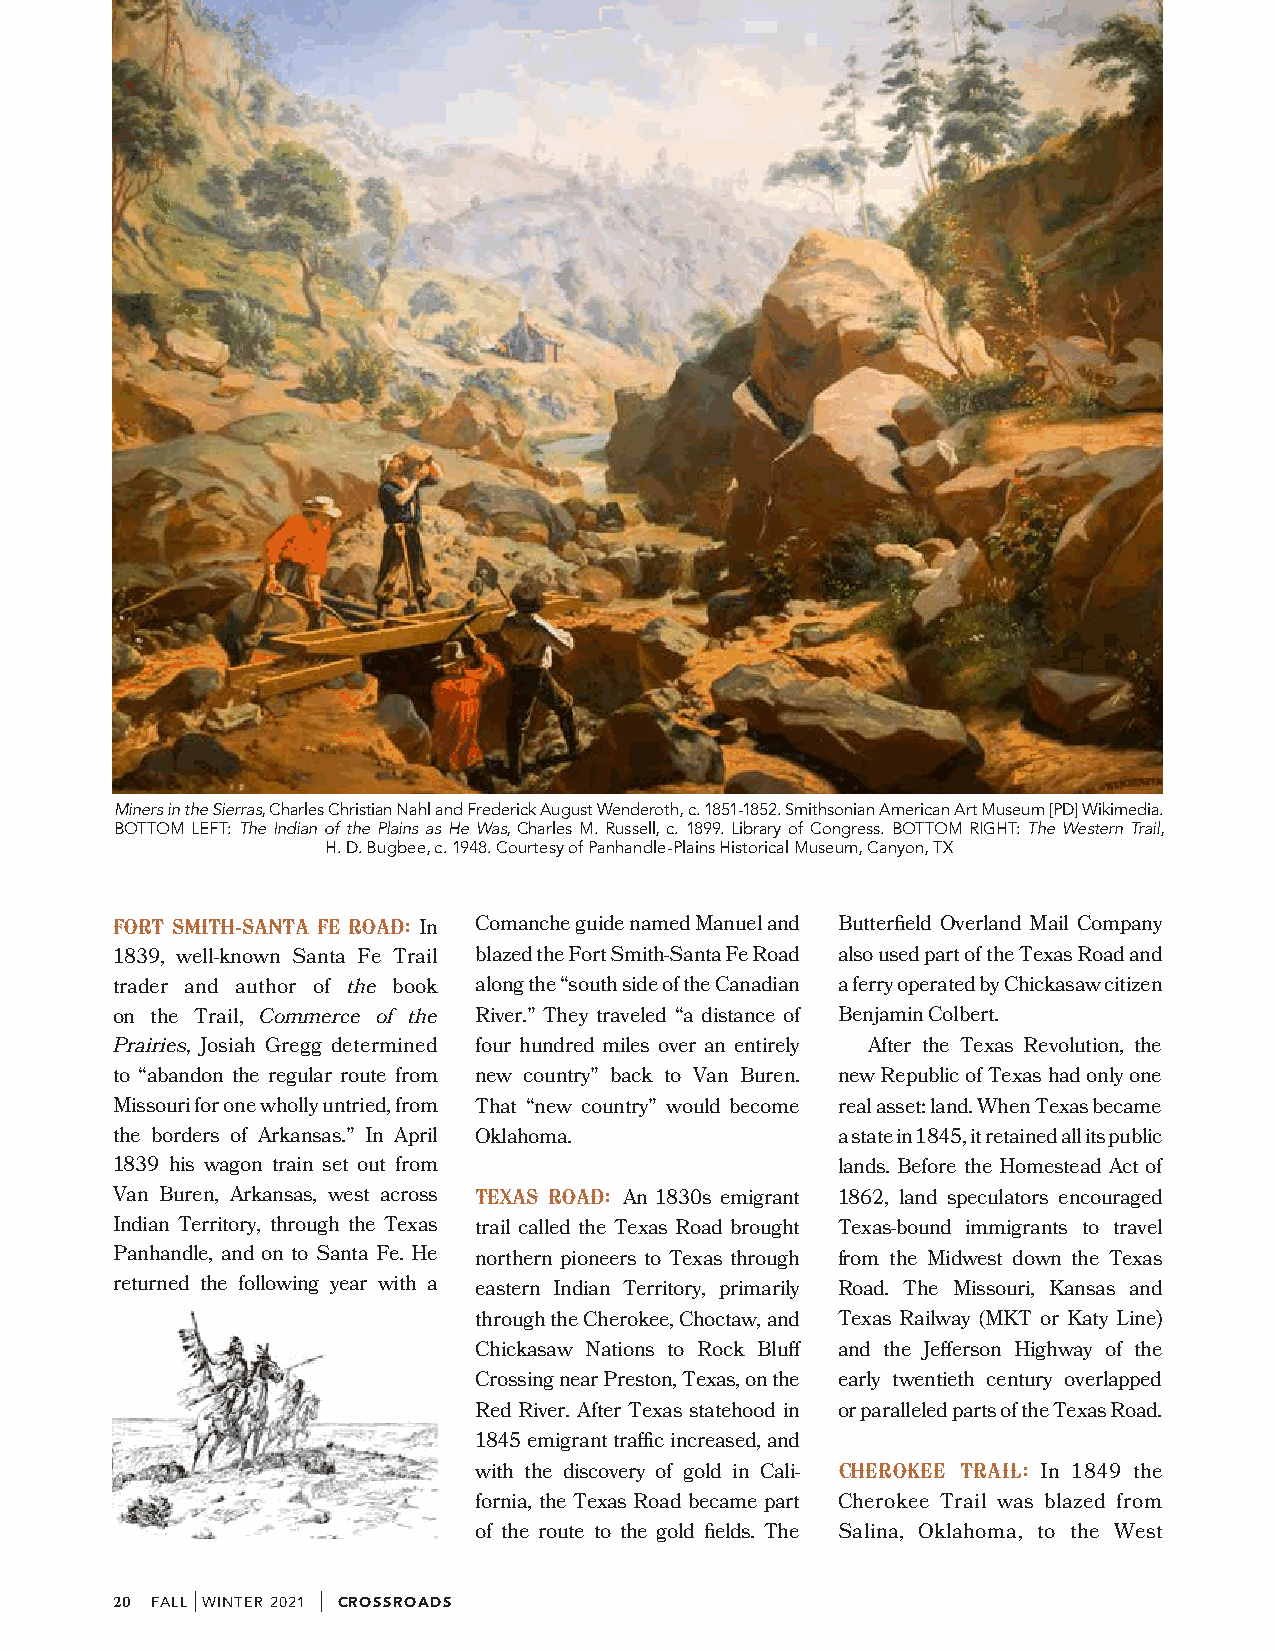
Miners in the Sierras, Charles Christian Nahl and Frederick August Wenderoth, c. 1851-1852. Smithsonian American Art Museum [PD] Wikimedia.
 BOTTOM LEFT: The Indian of the Plains as He Was, Charles M. Russell, c. 1899. Library of Congress. BOTTOM RIGHT: The Western Trail,
 H. D. Bugbee, c. 1948. Courtesy of Panhandle-Plains Historical Museum, Canyon, TX
 FORT SMITH-SANTA FE ROAD: In Comanche guide named Manuel and Butterfield Overland Mail Company
 1839, well-known Santa Fe Trail blazed the Fort Smith-Santa Fe Road also used part of the Texas Road and
 trader and author of the book along the “south side of the Canadian a ferry operated by Chickasaw citizen
 on the Trail, Commerce of the River.” They traveled “a distance of Benjamin Colbert.
 Prairies, Josiah Gregg determined four hundred miles over an entirely After the Texas Revolution, the
 to “abandon the regular route from new country” back to Van Buren. new Republic of Texas had only one
 Missouri for one wholly untried, from That “new country” would become real asset: land. When Texas became
 the borders of Arkansas.” In April Oklahoma.    a state in 1845, it retained all its public
 1839 his wagon train set out from               lands. Before the Homestead Act of
 Van Buren, Arkansas, west across TEXAS ROAD: An 1830s emigrant 1862, land speculators encouraged
 Indian Territory, through the Texas trail called the Texas Road brought Texas-bound immigrants to travel
 Panhandle, and on to Santa Fe. He northern pioneers to Texas through from the Midwest down the Texas
 returned the following year with a eastern Indian Territory, primarily Road. The Missouri, Kansas and
 through the Cherokee, Choctaw, and Texas Railway (MKT or Katy Line)
 Chickasaw Nations to Rock Bluff and the Jefferson Highway of the
 Crossing near Preston, Texas, on the early twentieth century overlapped
 Red River. After Texas statehood in or paralleled parts of the Texas Road.
 1845 emigrant traffic increased, and
 with the discovery of gold in Cali- CHEROKEE TRAIL: In 1849 the
 fornia, the Texas Road became part Cherokee Trail was blazed from
 of the route to the gold fields. The Salina, Oklahoma, to the West
 20 FALL
 |
 WINTER 2021
 |
 CROSSROADS